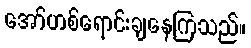
အော်ဟစ်ရောင်းချနေကြသည်။